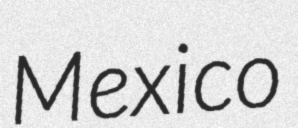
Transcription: Mexico